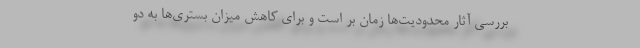
بررسی آثار محدودیت‌ها زمان بر است و برای کاهش میزان بستری‌ها به دو